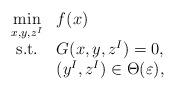
LaTeX: \begin{align*}\begin{array}{cl}\displaystyle\min_{x,y,z^I} & f(x)\\{\rm s.t.}& G(x,y, z^I)=0,\\& (y^I,z^I) \in \Theta(\varepsilon),\end{array}\end{align*}